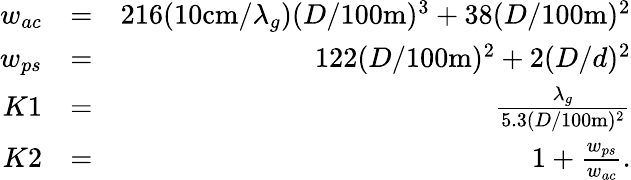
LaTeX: \begin{array}{rlr}{w_{ac}}&{=}&{216(10\mathrm{cm}/\lambda_{g})(D/100\mathrm{m})^{3}+38(D/100\mathrm{m})^{2}}\\ {w_{ps}}&{=}&{122(D/100\mathrm{m})^{2}+2(D/d)^{2}}\\ {K1}&{=}&{\frac{\lambda_{g}}{5.3(D/100\mathrm{m})^{2}}}\\ {K2}&{=}&{1+\frac{w_{ps}}{w_{ac}}.}\end{array}